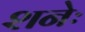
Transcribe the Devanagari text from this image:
शनेः